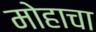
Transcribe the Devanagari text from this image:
मोहाचा